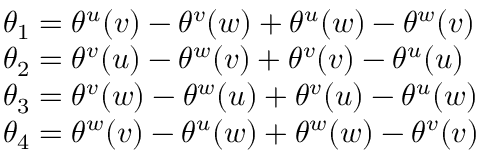
\begin{array} { l } { { \theta _ { 1 } = \theta ^ { u } ( v ) - \theta ^ { v } ( w ) + \theta ^ { u } ( w ) - \theta ^ { w } ( v ) } } \\ { { \theta _ { 2 } = \theta ^ { v } ( u ) - \theta ^ { w } ( v ) + \theta ^ { v } ( v ) - \theta ^ { u } ( u ) } } \\ { { \theta _ { 3 } = \theta ^ { v } ( w ) - \theta ^ { w } ( u ) + \theta ^ { v } ( u ) - \theta ^ { u } ( w ) } } \\ { { \theta _ { 4 } = \theta ^ { w } ( v ) - \theta ^ { u } ( w ) + \theta ^ { w } ( w ) - \theta ^ { v } ( v ) } } \end{array}